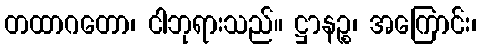
တထာဂတော၊ ငါဘုရားသည်။ ဋ္ဌာနဉ္စ၊ အကြောင်း၊